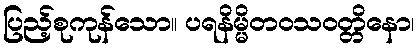
ပြည့်စုကုန်သော။ ပရနိမ္မိတဝသဝတ္တိနော၊